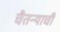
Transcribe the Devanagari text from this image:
चैतन्याची